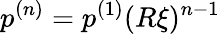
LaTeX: p^{(n)}=p^{(1)}(R\xi)^{n-1}